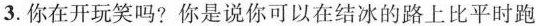
3.你在开玩笑吗?你是说你可以在结冰的路上比平时跑